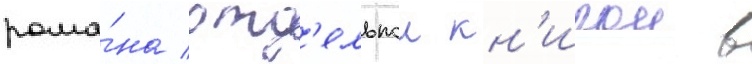
рома́на отд'ельнои кн'игои в